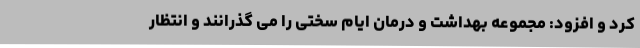
کرد و افزود: مجموعه بهداشت و درمان ایام سختی را می گذرانند و انتظار